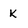
Character: K